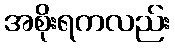
အစိုးရကလည်း